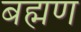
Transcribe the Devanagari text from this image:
बह्मण